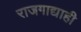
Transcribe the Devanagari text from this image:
राजगाद्याही